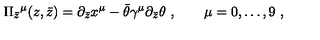
\Pi _ { \bar { z } } { } ^ { \mu } ( z , \bar { z } ) = \partial _ { \bar { z } } x ^ { \mu } - \bar { \theta } \gamma ^ { \mu } \partial _ { \bar { z } } \theta \ , \qquad \mu = 0 , \dots , 9 \ ,